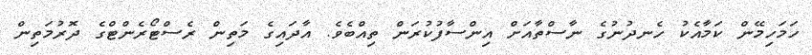
ހަމަހިމޭން ކަމާއެކު ހެނދުނުގެ ނާސްތާއަށް އިންސާފުކުރަން ތިއްބެވެ. އާދައިގެ މަތިން ރެސްޓޯރެންޓްގެ ދޮރުމަތިން